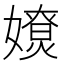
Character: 𡢴